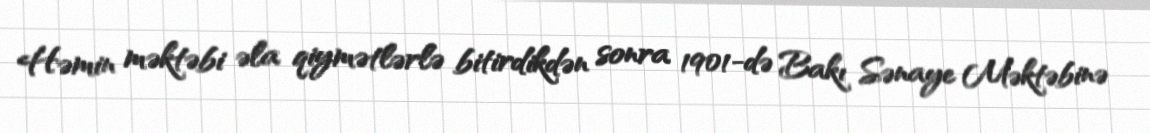
Həmin məktəbi əla qiymətlərlə bitirdikdən sonra 1901-də Bakı Sənaye Məktəbinə